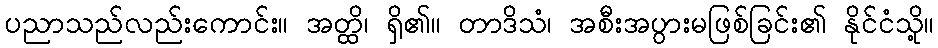
ပညာသည်လည်းကောင်း။ အတ္ထိ၊ ရှိ၏။ တာဒိသံ၊ အစီးအပွားမဖြစ်ခြင်း၏ နိုင်ငံသို့။